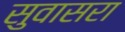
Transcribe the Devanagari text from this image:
सुवासरा